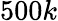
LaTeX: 500k